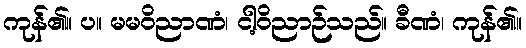
ကုန်၏။ ပ။ မမဝိညာဏံ၊ ငါ့ဝိညာဉ်သည်။ ခီဏံ၊ ကုန်၏။